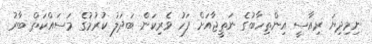
ނިމިދިޔަ ރިއާސީ އިންތިހާބުގެ ނަތީޖާއަށް ފަހު ވެރިކަން ބަދަލު ކުރުމުގެ މަސައްކަތް ބާރު